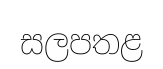
සලපතළ